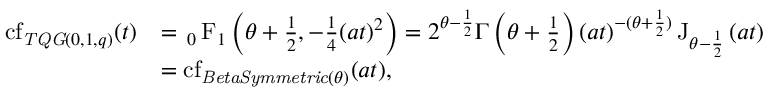
\begin{array} { r l } { \operatorname { c f } _ { \mathit { T Q G } ( 0 , 1 , q ) } ( t ) } & { = { \, _ { 0 } \operatorname { F } _ { 1 } } \left( \theta + \frac { 1 } { 2 } , - \frac { 1 } { 4 } ( a t ) ^ { 2 } \right) = 2 ^ { \theta - \frac { 1 } { 2 } } \Gamma \left( \theta + \frac { 1 } { 2 } \right) ( a t ) ^ { - ( \theta + \frac { 1 } { 2 } ) } \operatorname { J } _ { \theta - \frac { 1 } { 2 } } \left( a t \right) } \\ & { = \operatorname { c f } _ { \mathit { B e t a S y m m e t r i c } ( \theta ) } ( a t ) , } \end{array}